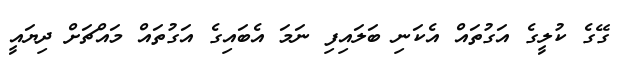
ގޭގެ ކުލީގެ އަގުތައް އެކަނި ބަލައިފި ނަމަ އެބައިގެ އަގުތައް މައްޗަށް ދިޔައީ